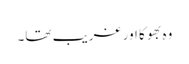
وہ بھوکا اور غریب تھا۔